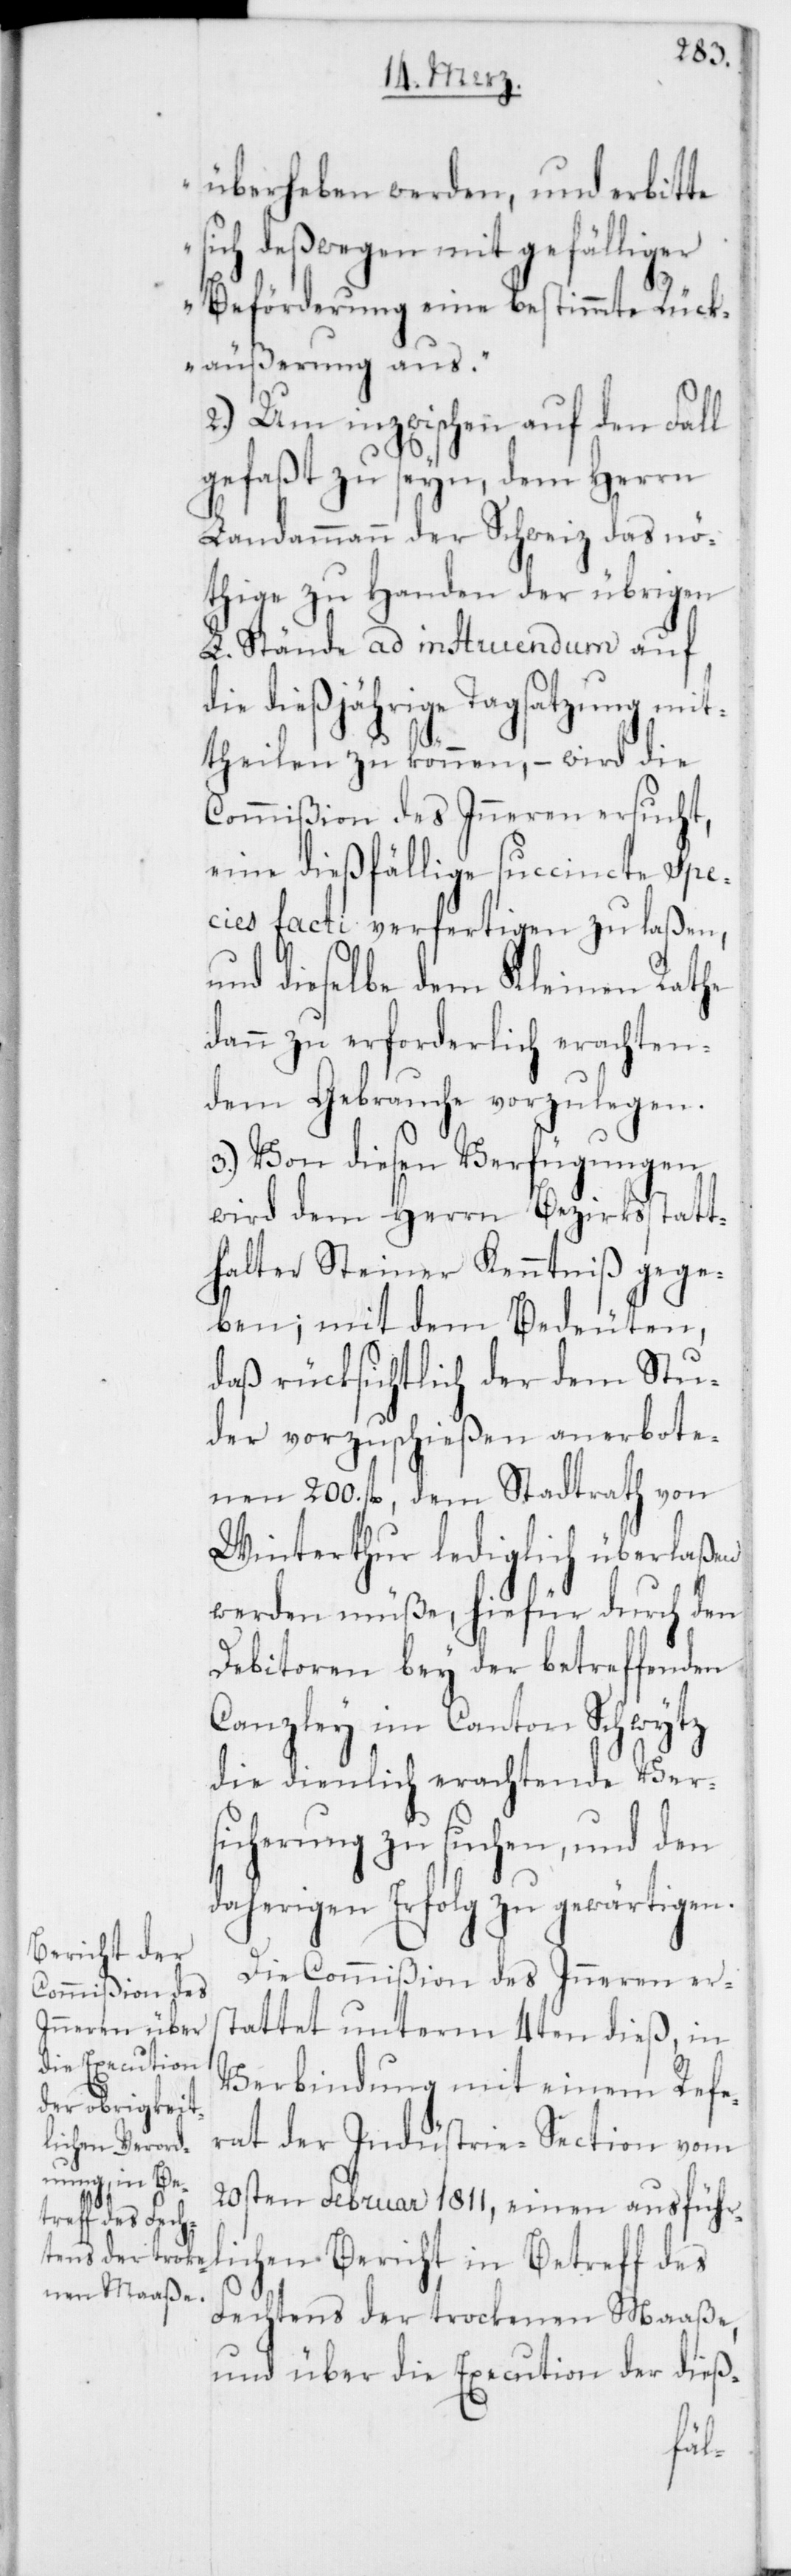
überheben werden, und erbitte
sich deßwegen mit gefälliger
Beförderung eine bestimmte Rück¬
äußerung aus.“
2.) Um inzwischen auf den Fall
gefaßt zu seyn, dem Herrn
Landammann der Schweiz das nö¬
thige zu Handen der übrigen
L. Stände ad instruendum auf
die dießjährige Tagsatzung mit¬
theilen zu können, – wird die
Commißion des Inneren ersucht,
eine dießfällige succincte Spe¬
cies facti verfertigen zu laßen,
und dieselbe dem Kleinen Rathe
dann zu erforderlich erachten¬
dem Gebrauche vorzulegen.
3.) Von diesen Verfügungen
wird dem Herrn Bezirksstatt¬
halter Steiner Kenntniß gege¬
ben; mit dem Bedeuten,
daß rücksichtlich der dem Stu¬
der vorzuschießen anerbote¬
nen 200. fl., dem Stadtrath von
Winterthur lediglich überlaßen
werden müße, hiefür durch den
Debitoren bey der betreffenden
Canzley im Canton Schwytz
die dienlich erachtende Ver¬
sicherung zu suchen, und den
daherigen Erfolg zu gewärtigen.
Die Commißion des Inneren ers¬
tattet unterm 4ten dieß, in
Verbindung mit einem Refe¬
rat der Industrie-Section vom
20sten Februar 1811, einen ausführ¬
lichen Bericht in Betreff des
Fechtens der trockenen Maaße,
und über die Execution der dieß-